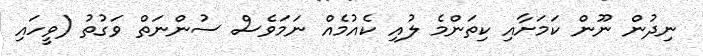
ނިދުން ނޫން ކަމަށާއި ކިތަންމެ ލުއި ކެއުމެއް ނަމަވެސް ސުންނަތް ވަގުތު (ވީހައި